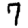
Digit: 7